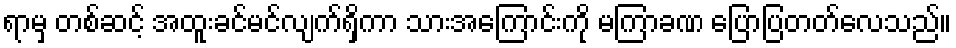
ရာမှ တစ်ဆင့် အထူးခင်မင်လျက်ရှိကာ သားအကြောင်းကို မကြာခဏ ပြောပြတတ်လေသည်။